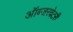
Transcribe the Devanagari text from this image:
ऑब्‍जरबेटरी